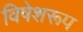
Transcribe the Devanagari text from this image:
विषेशरूप